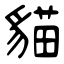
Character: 貓